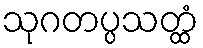
သုဂတပ္ပသတ္ထံ